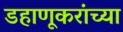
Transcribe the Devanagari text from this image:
डहाणूकरांच्या